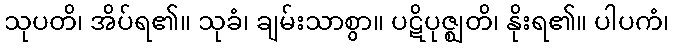
သုပတိ၊ အိပ်ရ၏။ သုခံ၊ ချမ်းသာစွာ။ ပဋိပုဇ္ဈတိ၊ နိုးရ၏။ ပါပကံ၊